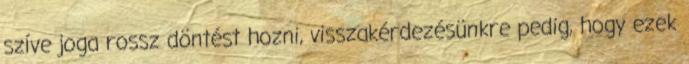
szíve joga rossz döntést hozni, visszakérdezésünkre pedig, hogy ezek